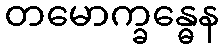
တမောက္ခန္ဓေန